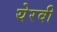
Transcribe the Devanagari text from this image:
येरवी